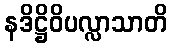
နဒိဋ္ဌိဝိပလ္လာသာတိ